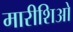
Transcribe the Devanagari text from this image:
मारीशिओ